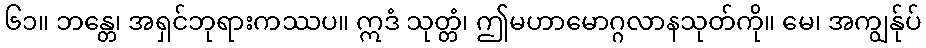
၆၁။ ဘန္တေ၊ အရှင်ဘုရားကဿပ။ ဣဒံ သုတ္တံ၊ ဤမဟာမောဂ္ဂလာနသုတ်ကို။ မေ၊ အကျွန်ုပ်